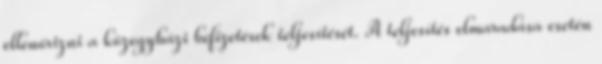
ellenőrizni a közegyházi befizetések teljesítését. A teljesítés elmaradása esetén